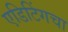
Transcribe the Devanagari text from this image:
एडिटिंगचा